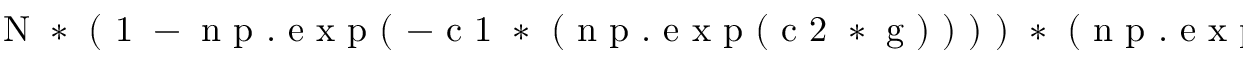
\mathrm { ~ N ~ * ~ ( ~ 1 ~ - ~ n ~ p ~ . ~ e ~ x ~ p ~ ( ~ - ~ c ~ 1 ~ * ~ ( ~ n ~ p ~ . ~ e ~ x ~ p ~ ( ~ c ~ 2 ~ * ~ g ~ ) ~ ) ~ ) ~ ) ~ * ~ ( ~ n ~ p ~ . ~ e ~ x ~ p ~ ( ~ - ~ c ~ 3 ~ * ~ ( ~ n ~ p ~ . ~ e ~ x ~ p ~ ( ~ c ~ 4 ~ * ~ g ~ ) ~ ) ~ ) ~ ) ~ + ~ N ~ 0 ~ }